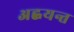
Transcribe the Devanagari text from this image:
अह्वयन्त